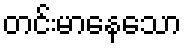
တင်းမာနေသော